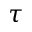
\tau